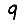
Digit: 9